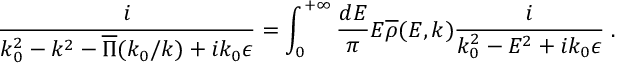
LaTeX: { \frac { i } { k _ { 0 } ^ { 2 } - k ^ { 2 } - \overline { { { \Pi } } } ( k _ { 0 } / k ) + i k _ { 0 } \epsilon } } = \int _ { 0 } ^ { + \infty } { \frac { d E } { \pi } } E \overline { { { \rho } } } ( E , k ) { \frac { i } { k _ { 0 } ^ { 2 } - E ^ { 2 } + i k _ { 0 } \epsilon } } \; .